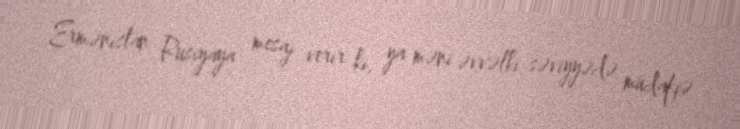
Ermənistan Rusiyaya mesaj verir ki, ya məni əvvəlki səviyyədə müdafiə